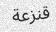
قنزعة